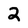
Character: 2